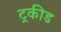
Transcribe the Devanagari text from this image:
ट्रकीड